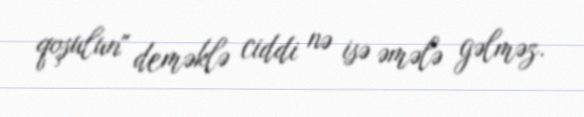
qoşulun" deməklə ciddi nə isə əmələ gəlməz.